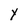
Character: Y